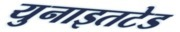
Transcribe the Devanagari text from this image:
युनाइतटेड